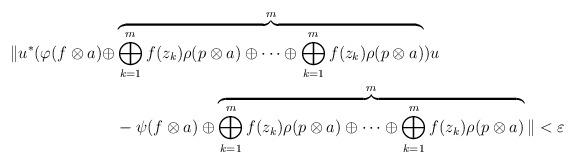
LaTeX: \begin{align*}\| u^{*}(\varphi(f\otimes a) \oplus & \overbrace{\bigoplus_{k=1}^m f(z_k)\rho (p\otimes a)\oplus \cdots \oplus\bigoplus_{k=1}^m f(z_k)\rho (p\otimes a) }^m) u \\& - \psi(f\otimes a)\oplus \overbrace{\bigoplus_{k=1}^m f(z_k)\rho (p\otimes a) \oplus \cdots \oplus \bigoplus_{k=1}^m f(z_k)\rho (p\otimes a)}^m\| < \varepsilon \end{align*}